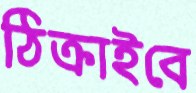
ঠিক্‌রাইবে